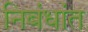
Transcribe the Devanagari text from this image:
निबंधांत